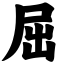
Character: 屈